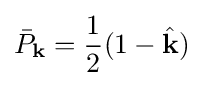
{\bar {P}}_{\mathbf {k} }={\frac {1}{2}}(1-{\hat {\mathbf {k} }})